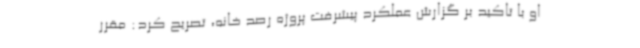
او با تاکید بر گزارش عملکرد پیشرفت پروژه رصد خانه، تصریح کرد: مقرر